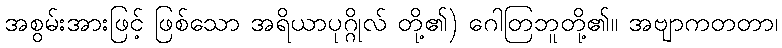
အစွမ်းအားဖြင့် ဖြစ်သော အရိယာပုဂ္ဂိုလ် တို့၏) ဂေါတြဘူတို့၏။ အဗျာကတတာ၊